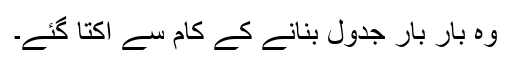
ﻭﮦ بار بار جدول بنانے كے كام سے اكتا گئے۔